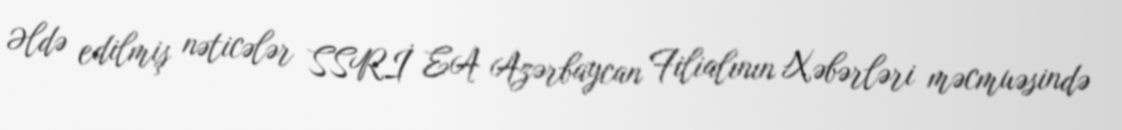
Əldə edilmiş nəticələr SSRİ EA Azərbaycan Filialının Xəbərləri məcmuəsində